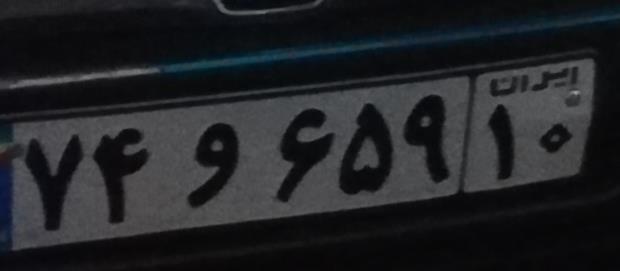
۷۴و۶۵۹۱۰